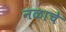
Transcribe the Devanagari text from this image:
नळाचे